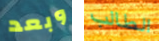
وبعد الطالب